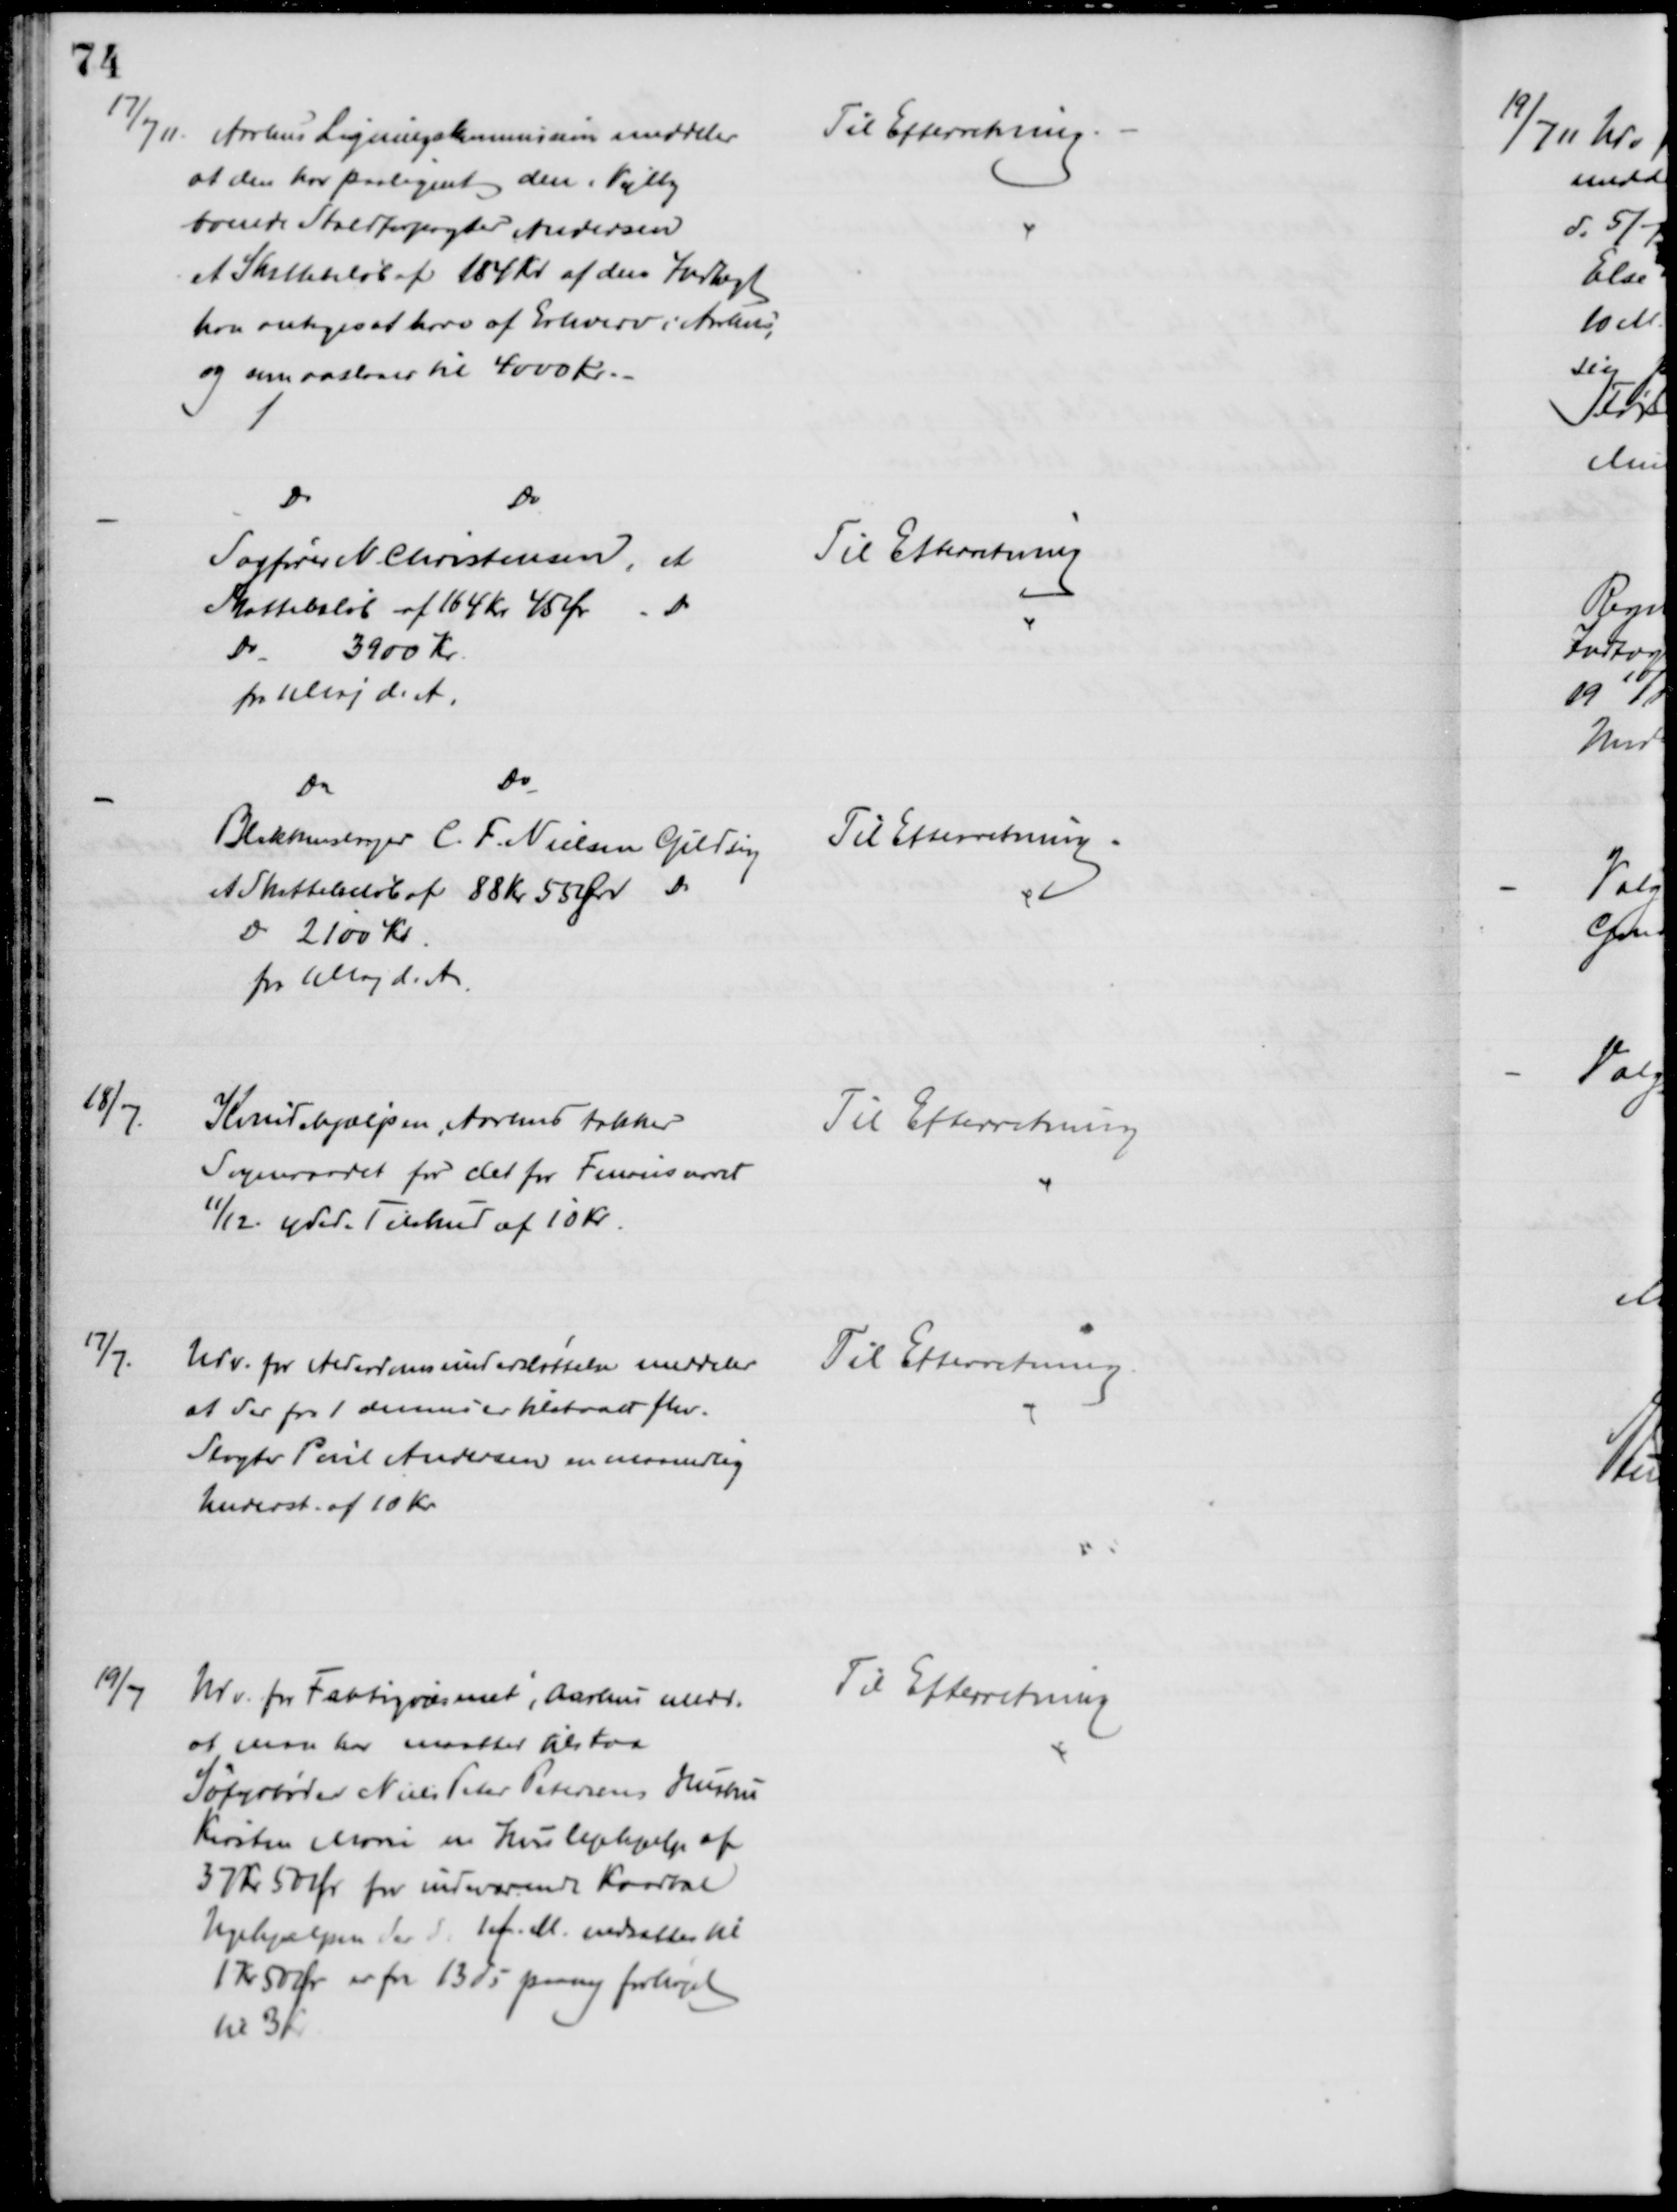
Transskription:
17/7 11.
Århus Ligningskommission meddeler
at den har paalignet den i Vejlby
boende Staldforpagter Andersen
et Skattebeløb af 184 Kr. af den Indtægt
han antages at have af Erhverv i Aarhus,
og som anslaaes til 4000 Kr.
Til Efterretning.
Do
Do
Sagfører N Christensen, et
Skattebeløb af 164 Kr 45 Øre - Do 
Do
3900 Kr.
fra 1 Maj d. A.
Til Efterretning
Do
Do
Blikkenslager C. F. Nielsen Gildsig
et Skattebeløb af 88 Kr 55 Øre Do
Do 2100 Kr
fra 1 Maj d. A.
Til Efterretning.
18/7.
Kvindehjælpen, Aarhus takker
Sogneraadet for det for Finansaaret
11/12. ydede Tilskud af 10 Kr.
Til Efterretning
17/7.
Udv. for Alderdomsunderstøttelse meddeler
at der fra 1 dennes er tilstaaet fhv.
Slagter Poul Andersen en maanedlig
Underst. af 10 Kr.
Til Efterretning.
19/7
Udv. for Fattigvæsenet i Aarhus medd.
at man har maattet tilstaa
Søfyrbøder Niels Peter Petersens Hustru
Kirsten Marie en Huslejehjælp af
37 Kr 50 Øre for indeværende Kvartal
Ugehjælpen der d. 1 f. M. nedsattes til
1 Kr 50 Øre er fra 13 ds paany forhøjet
til 3 Kr
Til Efterretning